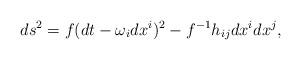
LaTeX: \begin{align*}ds^2=f(dt-\omega _idx^i)^2-f^{-1}h_{ij}dx^idx^j,\end{align*}